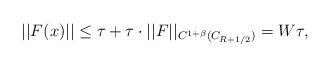
LaTeX: \begin{align*} ||F(x)|| \leq \tau + \tau \cdot ||F||_{C^{1+ \beta}(C_{R+1/2})} = W \tau, \end{align*}